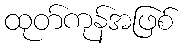
ထုတ်ကုန်အဖြစ်